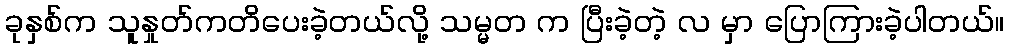
ခုနှစ်က သူနှုတ်ကတိပေးခဲ့တယ်လို့ သမ္မတ က ပြီးခဲ့တဲ့ လ မှာ ပြောကြားခဲ့ပါတယ်။